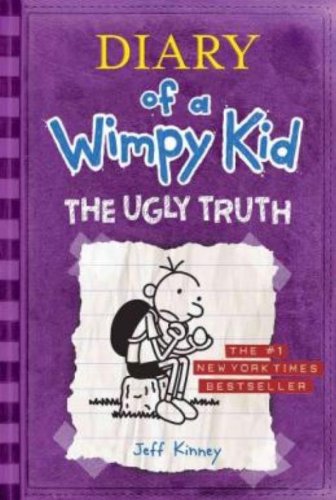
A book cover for The Ugly Truth (Diary of a Wimpy Kid, Book 5); Jeff Kinney; Humor & Entertainment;